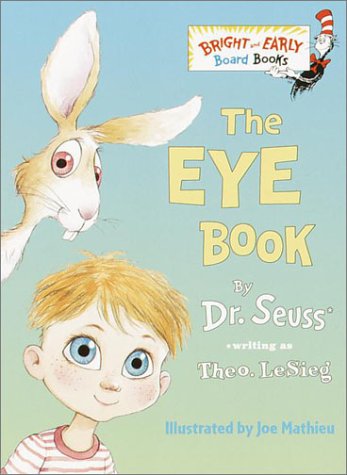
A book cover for The Eye Book (Bright & Early Board Books(TM)); Theo. LeSieg; Engineering & Transportation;